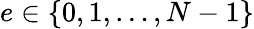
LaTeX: e\in\{ 0,1,\dots,N-1\}